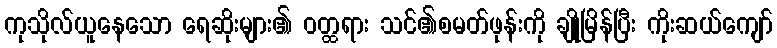
ကုသိုလ်ယူနေသော ရေဆိုးများ၏ ဝတ္ထရား သင်၏စမတ်ဖုန်းကို ချိုမြိန်ပြီး ကိုးဆယ်ကျော်